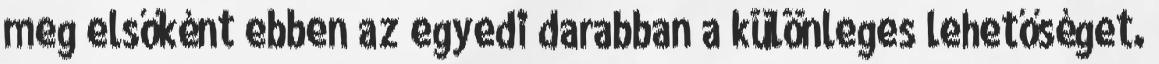
meg elsőként ebben az egyedi darabban a különleges lehetőséget.